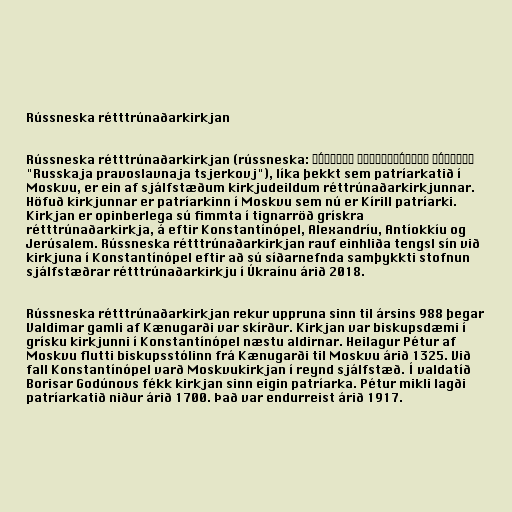
Rússneska rétttrúnaðarkirkjan

Rússneska rétttrúnaðarkirkjan (rússneska: Ру́сская правосла́вная це́рковь
"Russkaja pravoslavnaja tsjerkovj"), líka þekkt sem patríarkatið í
Moskvu, er ein af sjálfstæðum kirkjudeildum réttrúnaðarkirkjunnar.
Höfuð kirkjunnar er patríarkinn í Moskvu sem nú er Kírill patríarki.
Kirkjan er opinberlega sú fimmta í tignarröð grískra
rétttrúnaðarkirkja, á eftir Konstantínópel, Alexandríu, Antíokkíu og
Jerúsalem. Rússneska rétttrúnaðarkirkjan rauf einhliða tengsl sín við
kirkjuna í Konstantínópel eftir að sú síðarnefnda samþykkti stofnun
sjálfstæðrar rétttrúnaðarkirkju í Úkraínu árið 2018.

Rússneska rétttrúnaðarkirkjan rekur uppruna sinn til ársins 988 þegar
Valdimar gamli af Kænugarði var skírður. Kirkjan var biskupsdæmi í
grísku kirkjunni í Konstantínópel næstu aldirnar. Heilagur Pétur af
Moskvu flutti biskupsstólinn frá Kænugarði til Moskvu árið 1325. Við
fall Konstantínópel varð Moskvukirkjan í reynd sjálfstæð. Í valdatíð
Borisar Godúnovs fékk kirkjan sinn eigin patríarka. Pétur mikli lagði
patríarkatið niður árið 1700. Það var endurreist árið 1917.